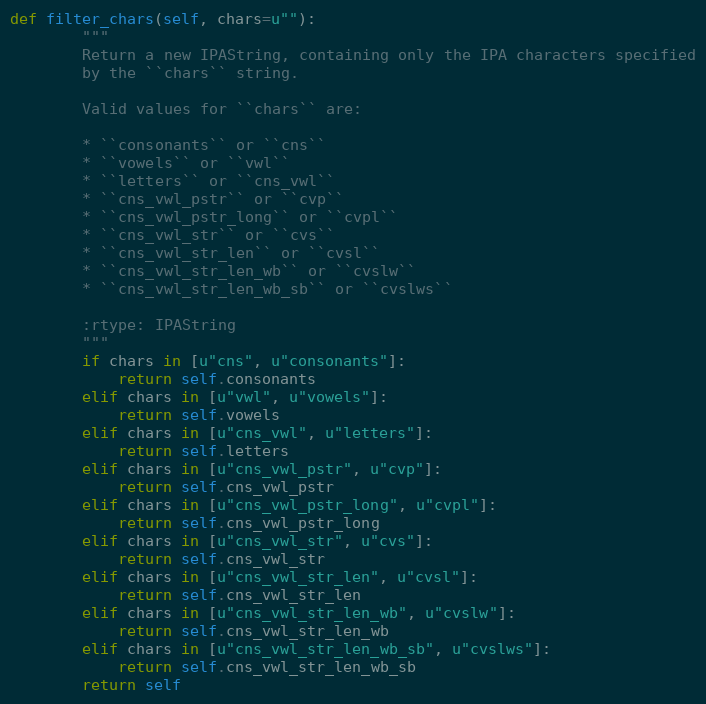
Language: Python
def filter_chars(self, chars=u""):
        """
        Return a new IPAString, containing only the IPA characters specified
        by the ``chars`` string.

        Valid values for ``chars`` are:

        * ``consonants`` or ``cns``
        * ``vowels`` or ``vwl``
        * ``letters`` or ``cns_vwl``
        * ``cns_vwl_pstr`` or ``cvp``
        * ``cns_vwl_pstr_long`` or ``cvpl``
        * ``cns_vwl_str`` or ``cvs``
        * ``cns_vwl_str_len`` or ``cvsl``
        * ``cns_vwl_str_len_wb`` or ``cvslw``
        * ``cns_vwl_str_len_wb_sb`` or ``cvslws``

        :rtype: IPAString
        """
        if chars in [u"cns", u"consonants"]:
            return self.consonants
        elif chars in [u"vwl", u"vowels"]:
            return self.vowels
        elif chars in [u"cns_vwl", u"letters"]:
            return self.letters
        elif chars in [u"cns_vwl_pstr", u"cvp"]:
            return self.cns_vwl_pstr
        elif chars in [u"cns_vwl_pstr_long", u"cvpl"]:
            return self.cns_vwl_pstr_long
        elif chars in [u"cns_vwl_str", u"cvs"]:
            return self.cns_vwl_str
        elif chars in [u"cns_vwl_str_len", u"cvsl"]:
            return self.cns_vwl_str_len
        elif chars in [u"cns_vwl_str_len_wb", u"cvslw"]:
            return self.cns_vwl_str_len_wb
        elif chars in [u"cns_vwl_str_len_wb_sb", u"cvslws"]:
            return self.cns_vwl_str_len_wb_sb
        return self